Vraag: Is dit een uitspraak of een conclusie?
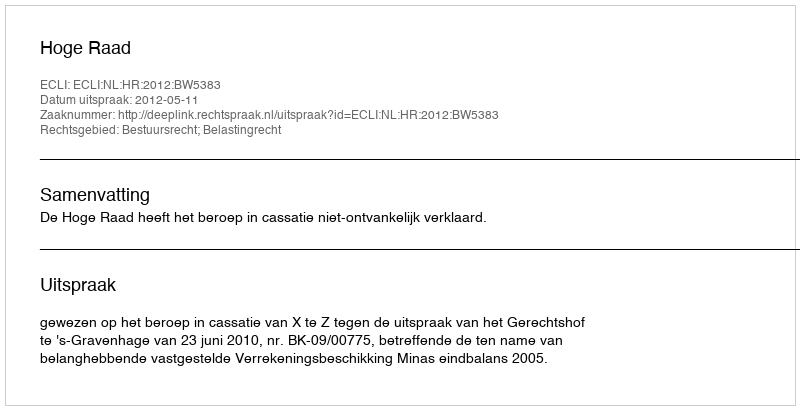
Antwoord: Uitspraak